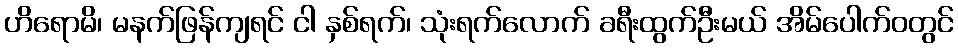
ဟိရောမိ၊ မနက်ဖြန်ကျရင် ငါ နှစ်ရက်၊ သုံးရက်လောက် ခရီးထွက်ဦးမယ် အိမ်ပေါက်ဝတွင်